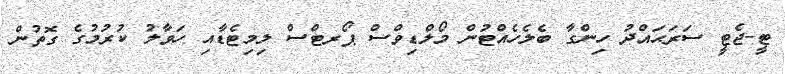
ޓީ-ޖެޓީ ސަރަޙައްދު ހިންގާ ބެލެހެއްޓުން މޯލްޑިވްސް ޕޯރޓްސް ލިމިޓެޑާއި ހަވާލު ކުރުމުގެ ގޮތުން